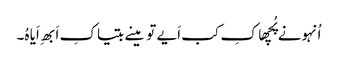
اُنہونے پُچھا کِ کب اَیے تو مینے بتیا کِ اَبھِ اَیا ہُ۔